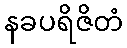
နခပရိဇိတံ